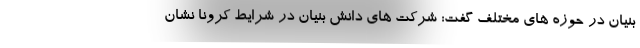
بنیان در حوزه های مختلف گفت: شرکت های دانش بنیان در شرایط کرونا نشان